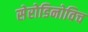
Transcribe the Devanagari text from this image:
सेरोडिनोविच